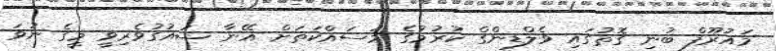
މައުރޫފް ބުނި ގޮތުގައި ވެލްޑިންގް ކުރުމުގެ މަސައްކަތަށް އޭނާ ޝައުގުވެރިވީ މީގެ ނުވަ